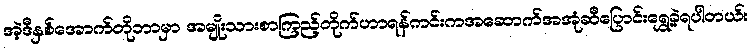
အဲ့ဒီနှစ်အောက်တိုဘာမှာ အမျိုးသားစာကြည့်တိုက်ဟာရန်ကင်းကအဆောက်အအုံဆီပြောင်းရွှေ့ခဲ့ရပါတယ်။